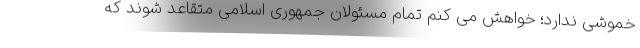
خموشی ندارد؛ خواهش می کنم تمام مسئولان جمهوری اسلامی متقاعد شوند که